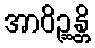
အာဝိဉ္ဆန္တိ